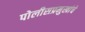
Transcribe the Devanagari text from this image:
पोलीसप्रमुखांचे